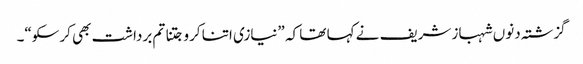
گزشتہ دنوں شہباز شریف نے کہا تھا کہ ”نیازی اتنا کرو جتنا تم برداشت بھی کرسکو“۔